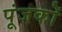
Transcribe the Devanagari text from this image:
पूंजकों